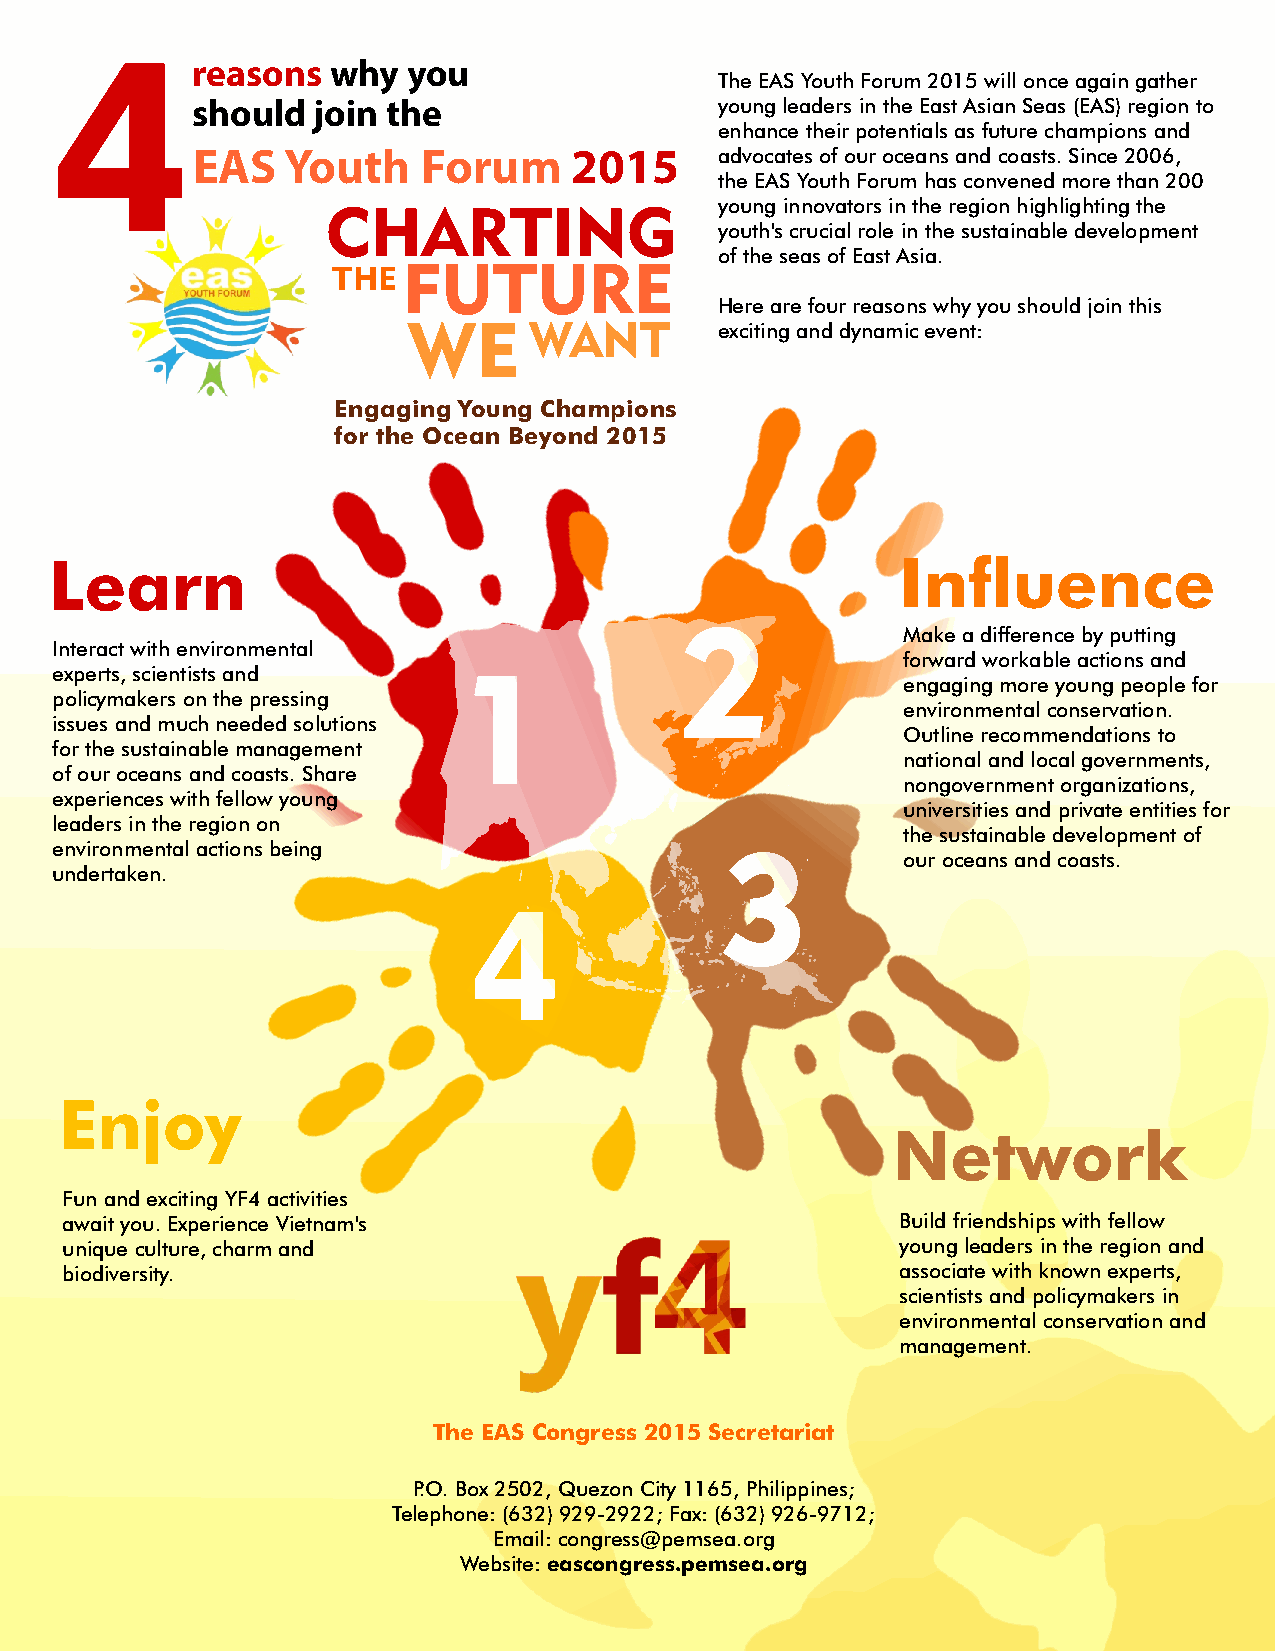
4
 reasons  why  you
 The EAS Youth Forum 2015 will once again gather
 should  join the                   young leaders in the East Asian Seas (EAS) region to
 enhance their potentials as future champions and
 EAS   Youth    Forum     2015      advocates of our oceans and coasts. Since 2006,
 the EAS Youth Forum has convened more than 200
 young innovators in the region highlighting the
 CHARTING
 youth's crucial role in the sustainable development
 of the seas of East Asia.
 THEFUTURE
 Here are four reasons why you should join this
 WE      WANT         exciting and dynamic event:
 Engaging Young Champions
 for the Ocean Beyond 2015
 2
 1
 Learn                                                    Inuence
 2              Make a difference by putting
 Interact with environmental
 forward workable actions and
 experts, scientists and    1
 engaging more young people for
 policymakers on the pressing
 environmental conservation.
 issues and much needed solutions
 Outline recommendations to
 for the sustainable management
 4                                                           national and local governments,
 of our oceans and coasts. Share
 nongovernment organizations,
 experiences with fellow young
 universities and private entities for
 leaders in the region on
 the sustainable development of
 environmental actions being
 3           our oceans and coasts.
 undertaken.
 3                              4
 Enjoy
 Network
 Fun and exciting YF4 activities
 await you. Experience Vietnam's                         Build friendships with fellow
 unique culture, charm and                               young leaders in the region and
 biodiversity.                                           associate with known experts,
 scientists and policymakers in
 environmental conservation and
 management.
 The EAS Congress 2015 Secretariat
 P.O. Box 2502, Quezon City 1165, Philippines;
 Telephone: (632) 929-2922; Fax: (632) 926-9712;
 Email: congress@pemsea.org
 Website: eascongress.pemsea.org